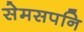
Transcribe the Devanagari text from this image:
सेमसपनि